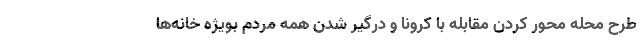
طرح محله محور کردن مقابله با کرونا و درگیر شدن همه‌ مردم بویژه خانه‌ها